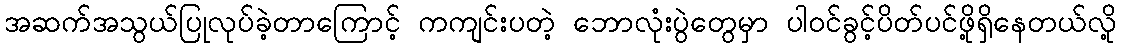
အဆက်အသွယ်ပြုလုပ်ခဲ့တာကြောင့် ကကျင်းပတဲ့ ဘောလုံးပွဲတွေမှာ ပါဝင်ခွင့်ပိတ်ပင်ဖို့ရှိနေတယ်လို့